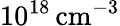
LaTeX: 10^{18}\, \mathrm{cm^{-3}}